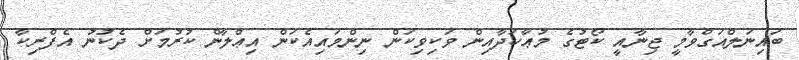
ބައިނަލްއަގްވާމީ ޖިނާއީ ކޯޓުގެ މުޢާހަދާއިން ވަކިވިކަން ނިންމައިއެކަން އިޢްލާން ކުރުމަށް ދެކުނު އެފްރިކާ